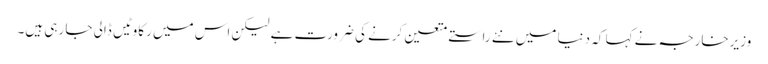
وزیرخارجہ نے کہا کہ دنیا میں نئے راستے متعین کرنے کی ضرورت ہے لیکن اس میں رکاوٹیں ڈالی جا رہی ہیں۔